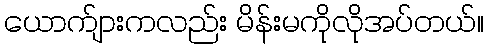
ယောက်ျားကလည်း မိန်းမကိုလိုအပ်တယ်။